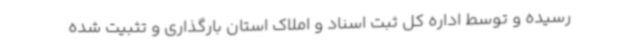
رسیده و توسط اداره کل ثبت اسناد و املاک استان بارگذاری و تثبیت شده